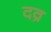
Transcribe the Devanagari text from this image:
दव्र